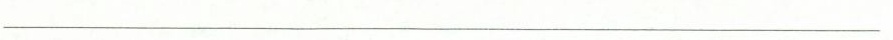
________